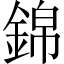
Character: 錦